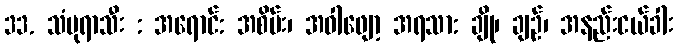
33. သံပုရာသီး : အရောင်: အစိမ်း၊ အဝါဖျော့ အရသာ: ချို၊ ချဉ်၊ အနည်းငယ်ခါး